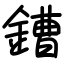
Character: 鏪